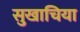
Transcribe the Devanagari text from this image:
सुखाचिया